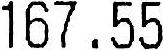
167.55